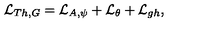
{ \cal L } _ { T h , G } = { \cal L } _ { A , \psi } + { \cal L } _ { \theta } + { \cal L } _ { g h } ,